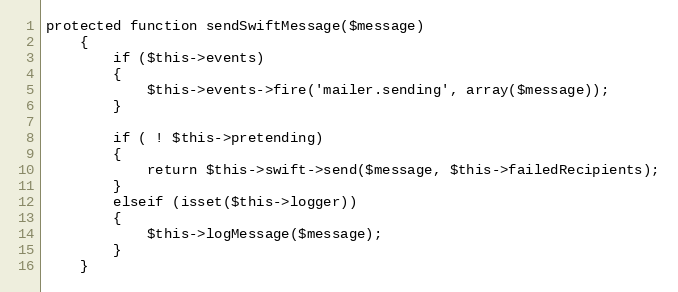
Language: PHP
protected function sendSwiftMessage($message)
	{
		if ($this->events)
		{
			$this->events->fire('mailer.sending', array($message));
		}

		if ( ! $this->pretending)
		{
			return $this->swift->send($message, $this->failedRecipients);
		}
		elseif (isset($this->logger))
		{
			$this->logMessage($message);
		}
	}